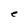
Character: e